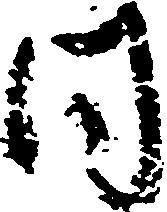
同